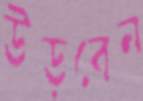
উড়বেন